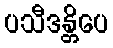
ပသီဒန္တိပေ